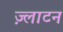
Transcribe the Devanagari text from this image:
ज़्लाटन